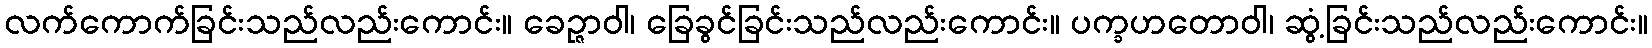
လက်ကောက်ခြင်းသည်လည်းကောင်း။ ခေဉ္ဇာဝါ၊ ခြေခွင်ခြင်းသည်လည်းကောင်း။ ပက္ခဟတောဝါ၊ ဆွံ့ခြင်းသည်လည်းကောင်း။